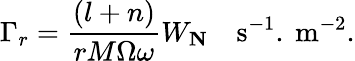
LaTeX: \Gamma_{r}=\frac{\left(l+n\right)}{rM\Omega\omega}W_{\mathbf{N}}\quad\textrm{s}^{-1}.~\textrm{m}^{-2}.